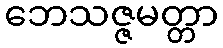
ဘေသဇ္ဇမတ္တာ